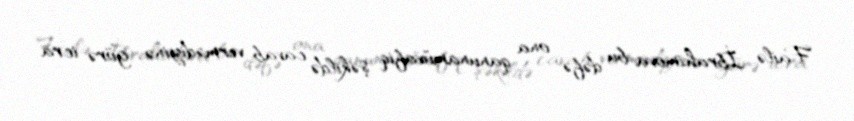
Failə İbrahimova bu dəfə ona qanunamüvafiq şəkildə cavab vermədiyinə görə icra